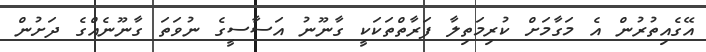
އޭގެއިތުރުން އެ މަގާމަށް ކުރިމަތިލާ ފަރާތްތަކަކީ ގާނޫނު އަސާސީގެ ނުވަތަ ގާނޫނެއްގެ ދަށުން